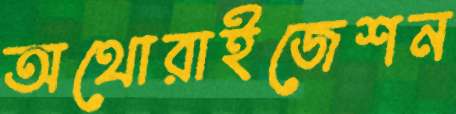
অথোরাইজেশন